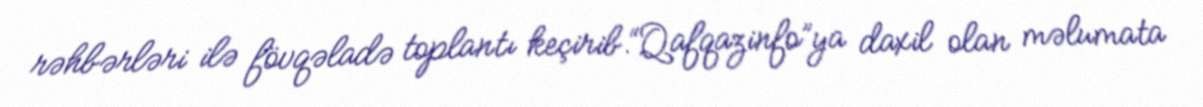
rəhbərləri ilə fövqəladə toplantı keçirib.“Qafqazinfo”ya daxil olan məlumata